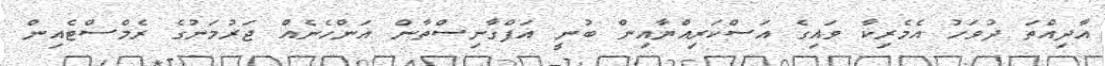
އާދިއްތަ ދުވަހު އެމެރިކާ ވައިގެ އަސްކަރިއްޔާއިން ބުނީ އަފްގާނިސްތާން އަންހެނެއް ޖަރުމަނުގެ ރެމްސްޓެއިން